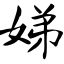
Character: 娣